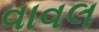
વાવલ